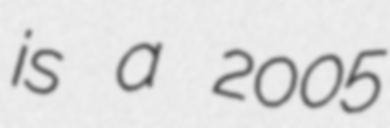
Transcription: is a 2005